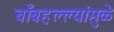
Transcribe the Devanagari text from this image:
बाँबहल्ल्यांमुळे